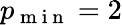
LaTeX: p_{\mathrm{~m~i~n~}}=2